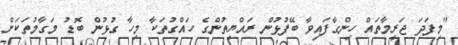
"މިފަދަ ޖަރީމާތައް ހިންގާފައިވާ ބޭފުޅުން ރައްޔިތުންގެ ހައްގުތަކާ މިހާ ގުޅުން ބޮޑު މަގާމުތަކަށް